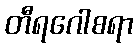
တီရဂေါစရာ